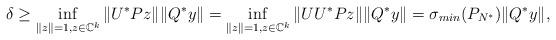
LaTeX: \begin{align*}\delta \ge \inf_{\|z\|=1,z \in \mathbb{C}^k} \| U^* P z \| \| Q^* y \| = \inf_{\|z\|=1,z \in \mathbb{C}^k} \| U U^* P z \| \| Q^* y \|= \sigma_{min} (P_{N^*}) \| Q^* y \|,\end{align*}